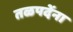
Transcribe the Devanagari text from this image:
तळपदेंना